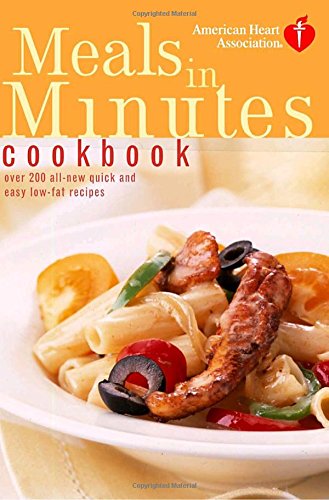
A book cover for American Heart Association Meals in Minutes Cookbook: Over 200 All-New Quick and Easy Low-Fat Recipes; American Heart Association; Cookbooks, Food & Wine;